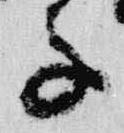
子